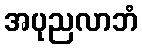
အပုညလာဘံ